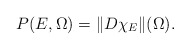
\begin{align*}P(E,\Omega)=\|D\chi_E\|(\Omega).\end{align*}